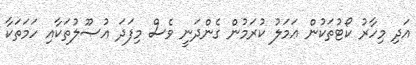
އަދި މިހާރު ކޯޓުތަކުން ޢަމަލު ކުރަމުން ގެންދަނީ ވެސް މިފަދަ އުޞޫލުތަކާއި ހަމަތަކާ